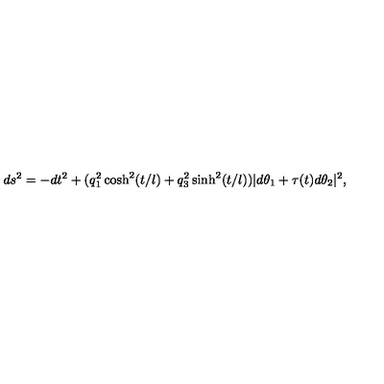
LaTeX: d s ^ { 2 } = - d t ^ { 2 } + ( q _ { 1 } ^ { 2 } \cosh ^ { 2 } ( t / l ) + q _ { 3 } ^ { 2 } \sinh ^ { 2 } ( t / l ) ) | d \theta _ { 1 } + \tau ( t ) d \theta _ { 2 } | ^ { 2 } ,